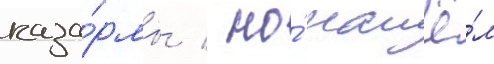
каза́рмы / но́ нашё́л